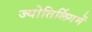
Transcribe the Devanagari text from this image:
ज्योतिर्लिगमें